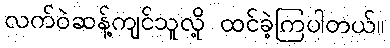
လက်ဝဲဆန့်ကျင်သူလို့ ထင်ခဲ့ကြပါတယ်။